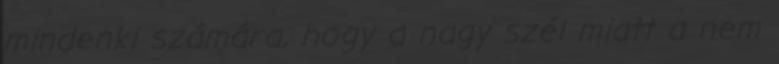
mindenki számára, hogy a nagy szél miatt a nem